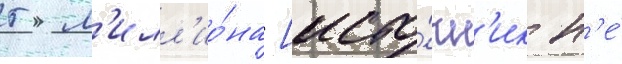
5 м'илл'ио́на [исто́чн'ик н'е́